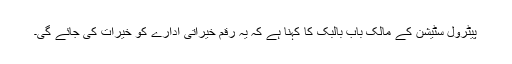
پیٹرول سٹیشن کے مالک باب بالبک کا کہنا ہے کہ یہ رقم خیراتی ادارے کو خیرات کی جائے گی۔